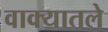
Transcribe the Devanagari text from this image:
वाक्यातले